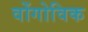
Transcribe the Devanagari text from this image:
वोंगोविक